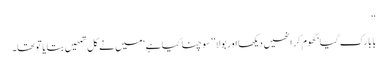
‘‘
بابا رک گیا‘ گھوم کر انھیں دیکھا اور بولا ’’سوچنا کیا ہے‘ میں نے کل تمھیں بتایا تو تھا۔